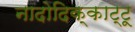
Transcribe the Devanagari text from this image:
नादोदिक्काट्टू